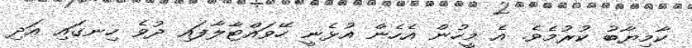
ކާމިޔާބު ކުރުމެވެ. އެ މީހުން އެހެން އުޅެނީ ހޭވައްޓާލާފައި ދުވެ ހިނގައި އަދި